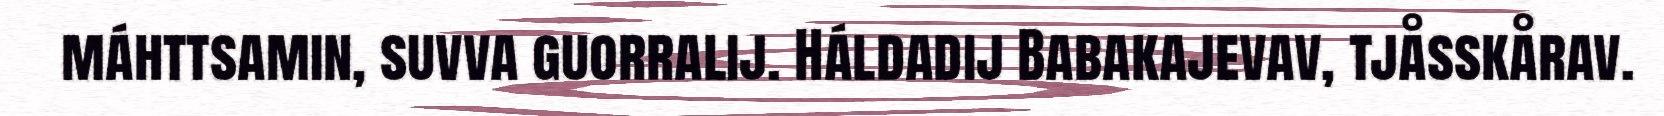
máhttsamin, suvva guorralij. Háldadij Babakajevav, tjåsskårav.